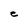
Character: e